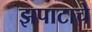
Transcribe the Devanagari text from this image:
झपाटाचे